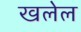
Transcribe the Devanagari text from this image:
खलेल